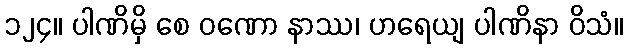
၁၂၄။ ပါဏိမှိ စေ ဝဏော နာဿ၊ ဟရေယျ ပါဏိနာ ဝိသံ။